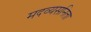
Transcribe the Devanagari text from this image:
मदव्यसनिता